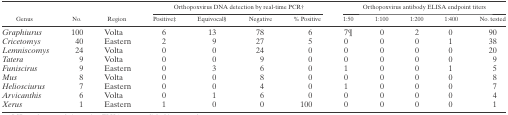
<table><thead><tr><td rowspan="2"><b>Genus</b></td><td rowspan="2"><b>No.</b></td><td rowspan="2"><b>Region</b></td><td colspan="4"><b>Orthopoxvirus DNA detection by real-time PCR†</b></td><td colspan="5"><b>Orthopoxvirus antibody ELISA endpoint titers</b></td></tr><tr><td><b>Positive‡</b></td><td><b>Equivocal§</b></td><td><b>Negative</b></td><td><b>% Positive</b></td><td><b>1:50</b></td><td><b>1:100</b></td><td><b>1:200</b></td><td><b>1:400</b></td><td><b>No. tested</b></td></tr></thead><tbody><tr><td><i>Graphiurus</i></td><td>100</td><td>Volta</td><td>6</td><td>13</td><td>78</td><td>6</td><td>7¶</td><td>0</td><td>2</td><td>0</td><td>90</td></tr><tr><td><i>Cricetomys</i></td><td>40</td><td>Eastern</td><td>2</td><td>9</td><td>27</td><td>5</td><td>0</td><td>0</td><td>0</td><td>1</td><td>38</td></tr><tr><td><i>Lemniscomys</i></td><td>24</td><td>Volta</td><td>0</td><td>0</td><td>24</td><td>0</td><td>0</td><td>0</td><td>0</td><td>0</td><td>20</td></tr><tr><td><i>Tatera</i></td><td>9</td><td>Volta</td><td>0</td><td>0</td><td>9</td><td>0</td><td>0</td><td>0</td><td>0</td><td>0</td><td>9</td></tr><tr><td><i>Funiscirus</i></td><td>9</td><td>Eastern</td><td>0</td><td>3</td><td>6</td><td>0</td><td>1</td><td>0</td><td>0</td><td>1</td><td>5</td></tr><tr><td><i>Mus</i></td><td>8</td><td>Volta</td><td>0</td><td>0</td><td>8</td><td>0</td><td>0</td><td>0</td><td>0</td><td>0</td><td>8</td></tr><tr><td><i>Heliosciurus</i></td><td>7</td><td>Eastern</td><td>0</td><td>0</td><td>4</td><td>0</td><td>1</td><td>0</td><td>0</td><td>0</td><td>7</td></tr><tr><td><i>Arvicanthis</i></td><td>6</td><td>Volta</td><td>0</td><td>1</td><td>6</td><td>0</td><td>0</td><td>0</td><td>0</td><td>0</td><td>4</td></tr><tr><td><i>Xerus</i></td><td>1</td><td>Eastern</td><td>1</td><td>0</td><td>0</td><td>100</td><td>0</td><td>0</td><td>0</td><td>0</td><td>1</td></tr></tbody></table>